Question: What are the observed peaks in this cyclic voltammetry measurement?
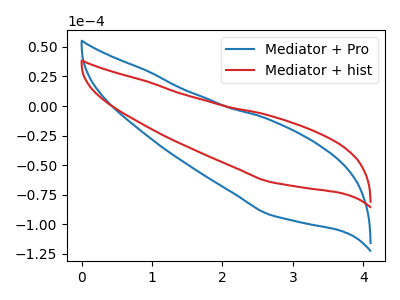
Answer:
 <answer>The blue curve "Mediator + Pro" has no peaks. The red curve "Mediator + hist" has no peaks.</answer>
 <eval></eval>